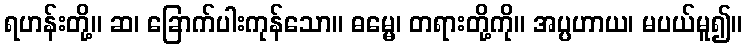
ရဟန်းတို့။ ဆ၊ ခြောက်ပါးကုန်သော။ ဓမ္မေ၊ တရားတို့ကို။ အပ္ပဟာယ၊ မပယ်မူ၍။